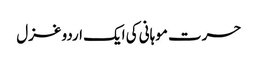
حسرت موہانی کی ایک اردو غزل